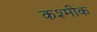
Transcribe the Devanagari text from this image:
कश्मीक